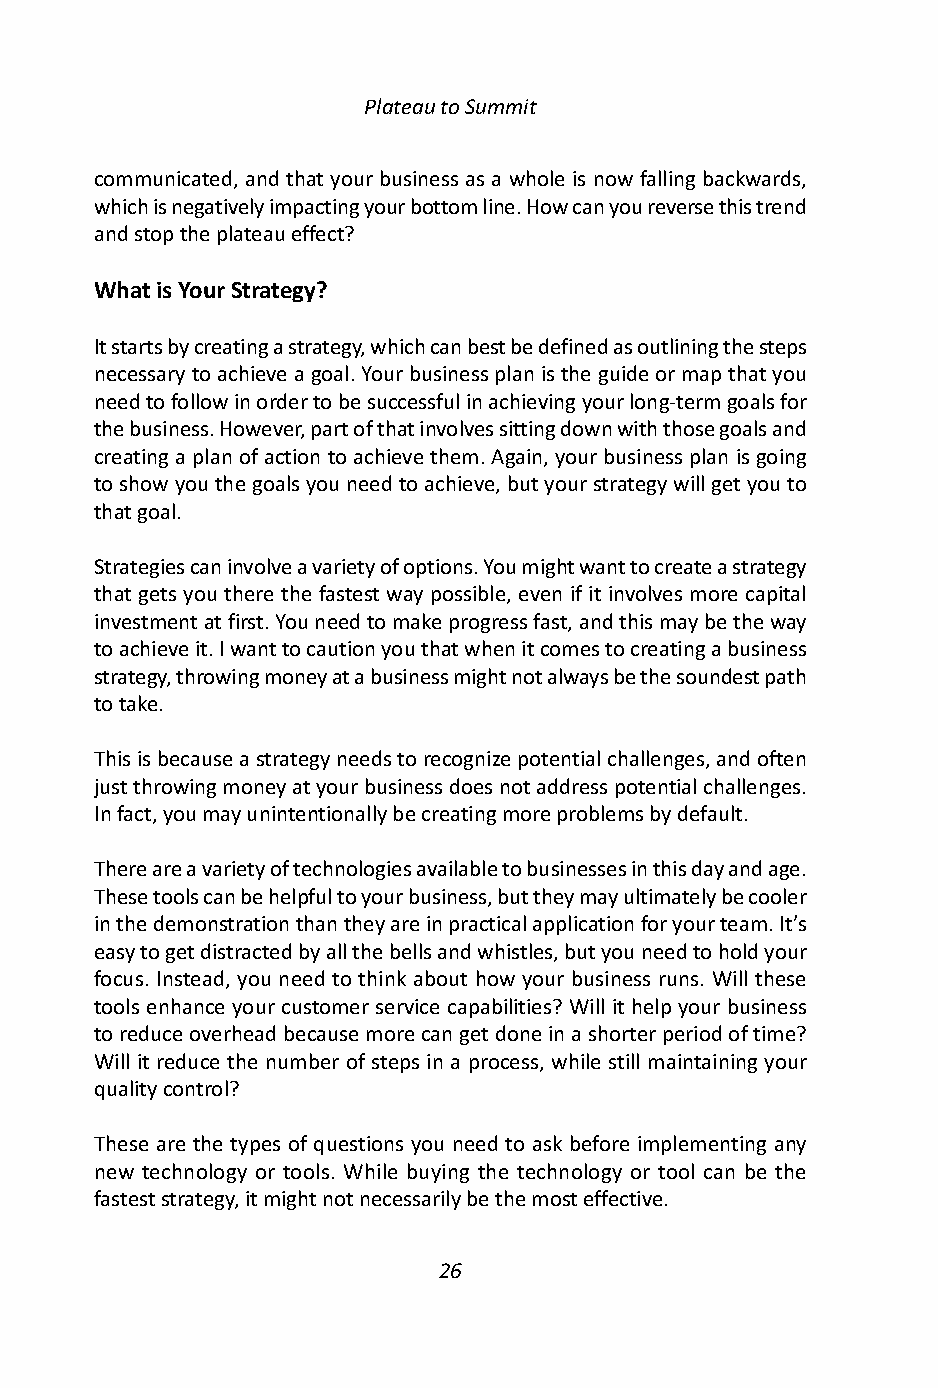
Plateau to Summit
 communicated, and that your business as a whole is now falling backwards,
 which is negatively impacting your bottom line. How can you reverse this trend
 and stop the plateau effect?
 What is Your Strategy?
 It starts by creating a strategy, which can best be defined as outlining the steps
 necessary to achieve a goal. Your business plan is the guide or map that you
 need to follow in order to be successful in achieving your long-term goals for
 the business. However, part of that involves sitting down with those goals and
 creating a plan of action to achieve them. Again, your business plan is going
 to show you the goals you need to achieve, but your strategy will get you to
 that goal.
 Strategies can involve a variety of options. You might want to create a strategy
 that gets you there the fastest way possible, even if it involves more capital
 investment at first. You need to make progress fast, and this may be the way
 to achieve it. I want to caution you that when it comes to creating a business
 strategy, throwing money at a business might not always be the soundest path
 to take.
 This is because a strategy needs to recognize potential challenges, and often
 just throwing money at your business does not address potential challenges.
 In fact, you may unintentionally be creating more problems by default.
 There are a variety of technologies available to businesses in this day and age.
 These tools can be helpful to your business, but they may ultimately be cooler
 in the demonstration than they are in practical application for your team. It’s
 easy to get distracted by all the bells and whistles, but you need to hold your
 focus. Instead, you need to think about how your business runs. Will these
 tools enhance your customer service capabilities? Will it help your business
 to reduce overhead because more can get done in a shorter period of time?
 Will it reduce the number of steps in a process, while still maintaining your
 quality control?
 These are the types of questions you need to ask before implementing any
 new technology or tools. While buying the technology or tool can be the
 fastest strategy, it might not necessarily be the most effective.
 26